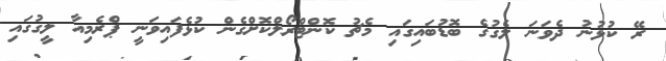
ރޭ ކުޅުނު ދެވަނަ ލެގުގެ ބޮޑުބައިގައި މެޗު ކޮންޓްރޯލްކޮށްގެން ކުޅެފައިވަނީ ޕްރެމިއާ ލީގުގައި